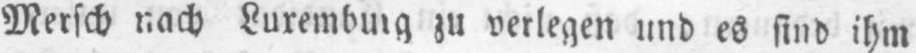
Mersch nach Luxemburg zu verlegen und es sind ihm